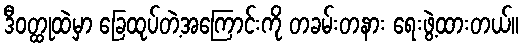
ဒီဝတ္ထုထဲမှာ ခြေထုပ်တဲ့အကြောင်းကို တခမ်းတနား ရေးဖွဲ့ထားတယ်။